Annual administration report of the Bombay Presidency - 1887-1892
Year: 1887
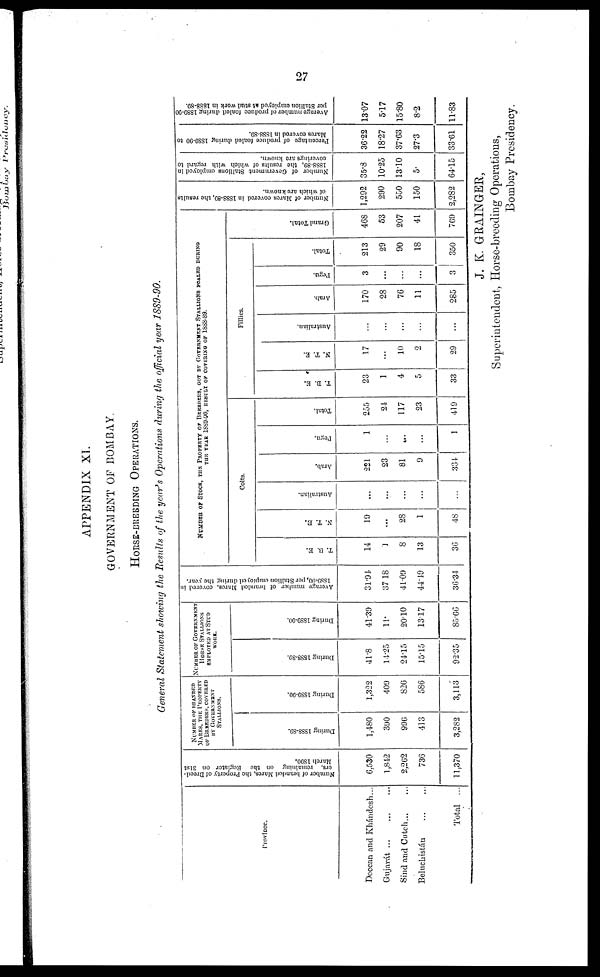
27
APPENDIX XI.
GOVERNMENT OF BOMBAY.
HORSE-BREEDING OPERATIONS.
General Statement showing the Results of the year's Operations during the official year 1889-90.
Province.
Deccan and Khándesh...
Gujarat
...
...
...
Sind and
Cutch...
...
Beluchistán ... ...
Total ...
Number of branded Mares, the Property of Breed-
ers, remaining on the Register on 31st
March 1890.
6,530
1,842
2,262
736
11,370
NUMBER OF BRANDED
MARES, THE PROPERTY
OF BREEDERS, COVERED
BY GOVERNMERNT
STALLIONS.
Dur i
ng 1888- 80.
1,480
390
996
413
3,282
Dur i
ng 1889- 90.
1,322
409
826
586
3,113
NUMBER OF GOVERNMENT
HORSE STALLIONS
EMPLOYED AT STUD
WORK.
Dur i
ng 1888-39.
41.8
14.25
24.15
15.15
92.35
Dur i
ng 1889- 90.
41.39
11.
20.10
1317
85.66
Average number of branded Mares, covered in
1889-90,
per Stallion employed during the year.
91.94
37 18
41.09
44.49
36.34
NUMBER OF STOCT, THE PROPERTY OF BREEDING, GOT BY GOVERNMENT STALLIONS PEALRD DURING
THE YEAR 1889-90, RESULT OF COVERING OF 1888-89.
Colts.
T. B. E.
14
1
8
13
36
N. T. E.
19
...
28
1
48
Australian.
...
...
...
...
...
Arab.
221
23
81
9
334
Pegu.
1
...
......
...
1
Total.
255
24
117
23
419
Fillies.
T. B. E.
23
1
4
5
33
N, T. E.
17
...
10
2
29
Australian.
...
...
...
...
...
Arab.
170
28
76
11
285
Pegu.
3
...
...
...
3
Total.
213
29
90
18
350
Gr a nd Tot al .
468
53
207
41
709
Number of Mares
covered in 1888-89,
the results
of which are known.
1,292
290
550
150
2,282
Number of Government Stallions employed in
1888-89,
the results of which with regard to
coverings arc known.
35.8
10.25
13.10
5.
64.15
Percentage of produce foaled during 1889-90 to
Marcs covered
in 1888-89.
36.22
18.27
37.63
27.3
33.61
Average number of produce foaled
during 1889-90
per Stallion employed at stud work in 1888-89.
13.07
5.17
15.80
8.2
11.83
J. K. GRAINGER,
Superintendent, Horse-breeding Operations,
Bombay Presidency.